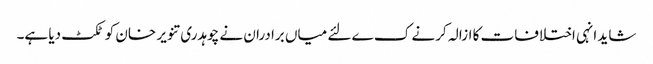
شاید انہی اختلافات کا ازالہ کرنے ک ے لئے میاں برادران نے چوہدری تنویر خان کو ٹکٹ دیا ہے۔